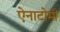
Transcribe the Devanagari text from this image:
ऐनाटोमी